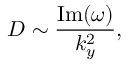
D \sim \frac { \mathrm { I m } ( \omega ) } { k _ { y } ^ { 2 } } ,